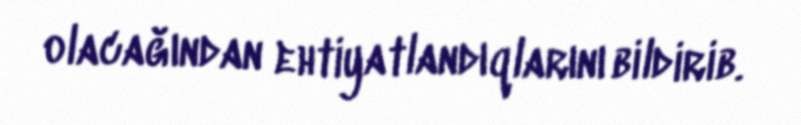
olacağından ehtiyatlandıqlarını bildirib.